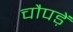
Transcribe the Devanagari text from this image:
चौपड़ें